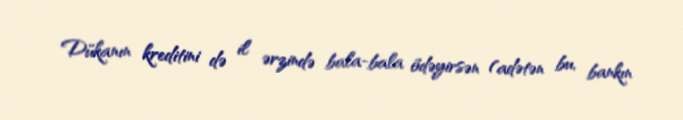
Dükanın kreditini də il ərzində bala-bala ödəyirsən (adətən bu, bankın